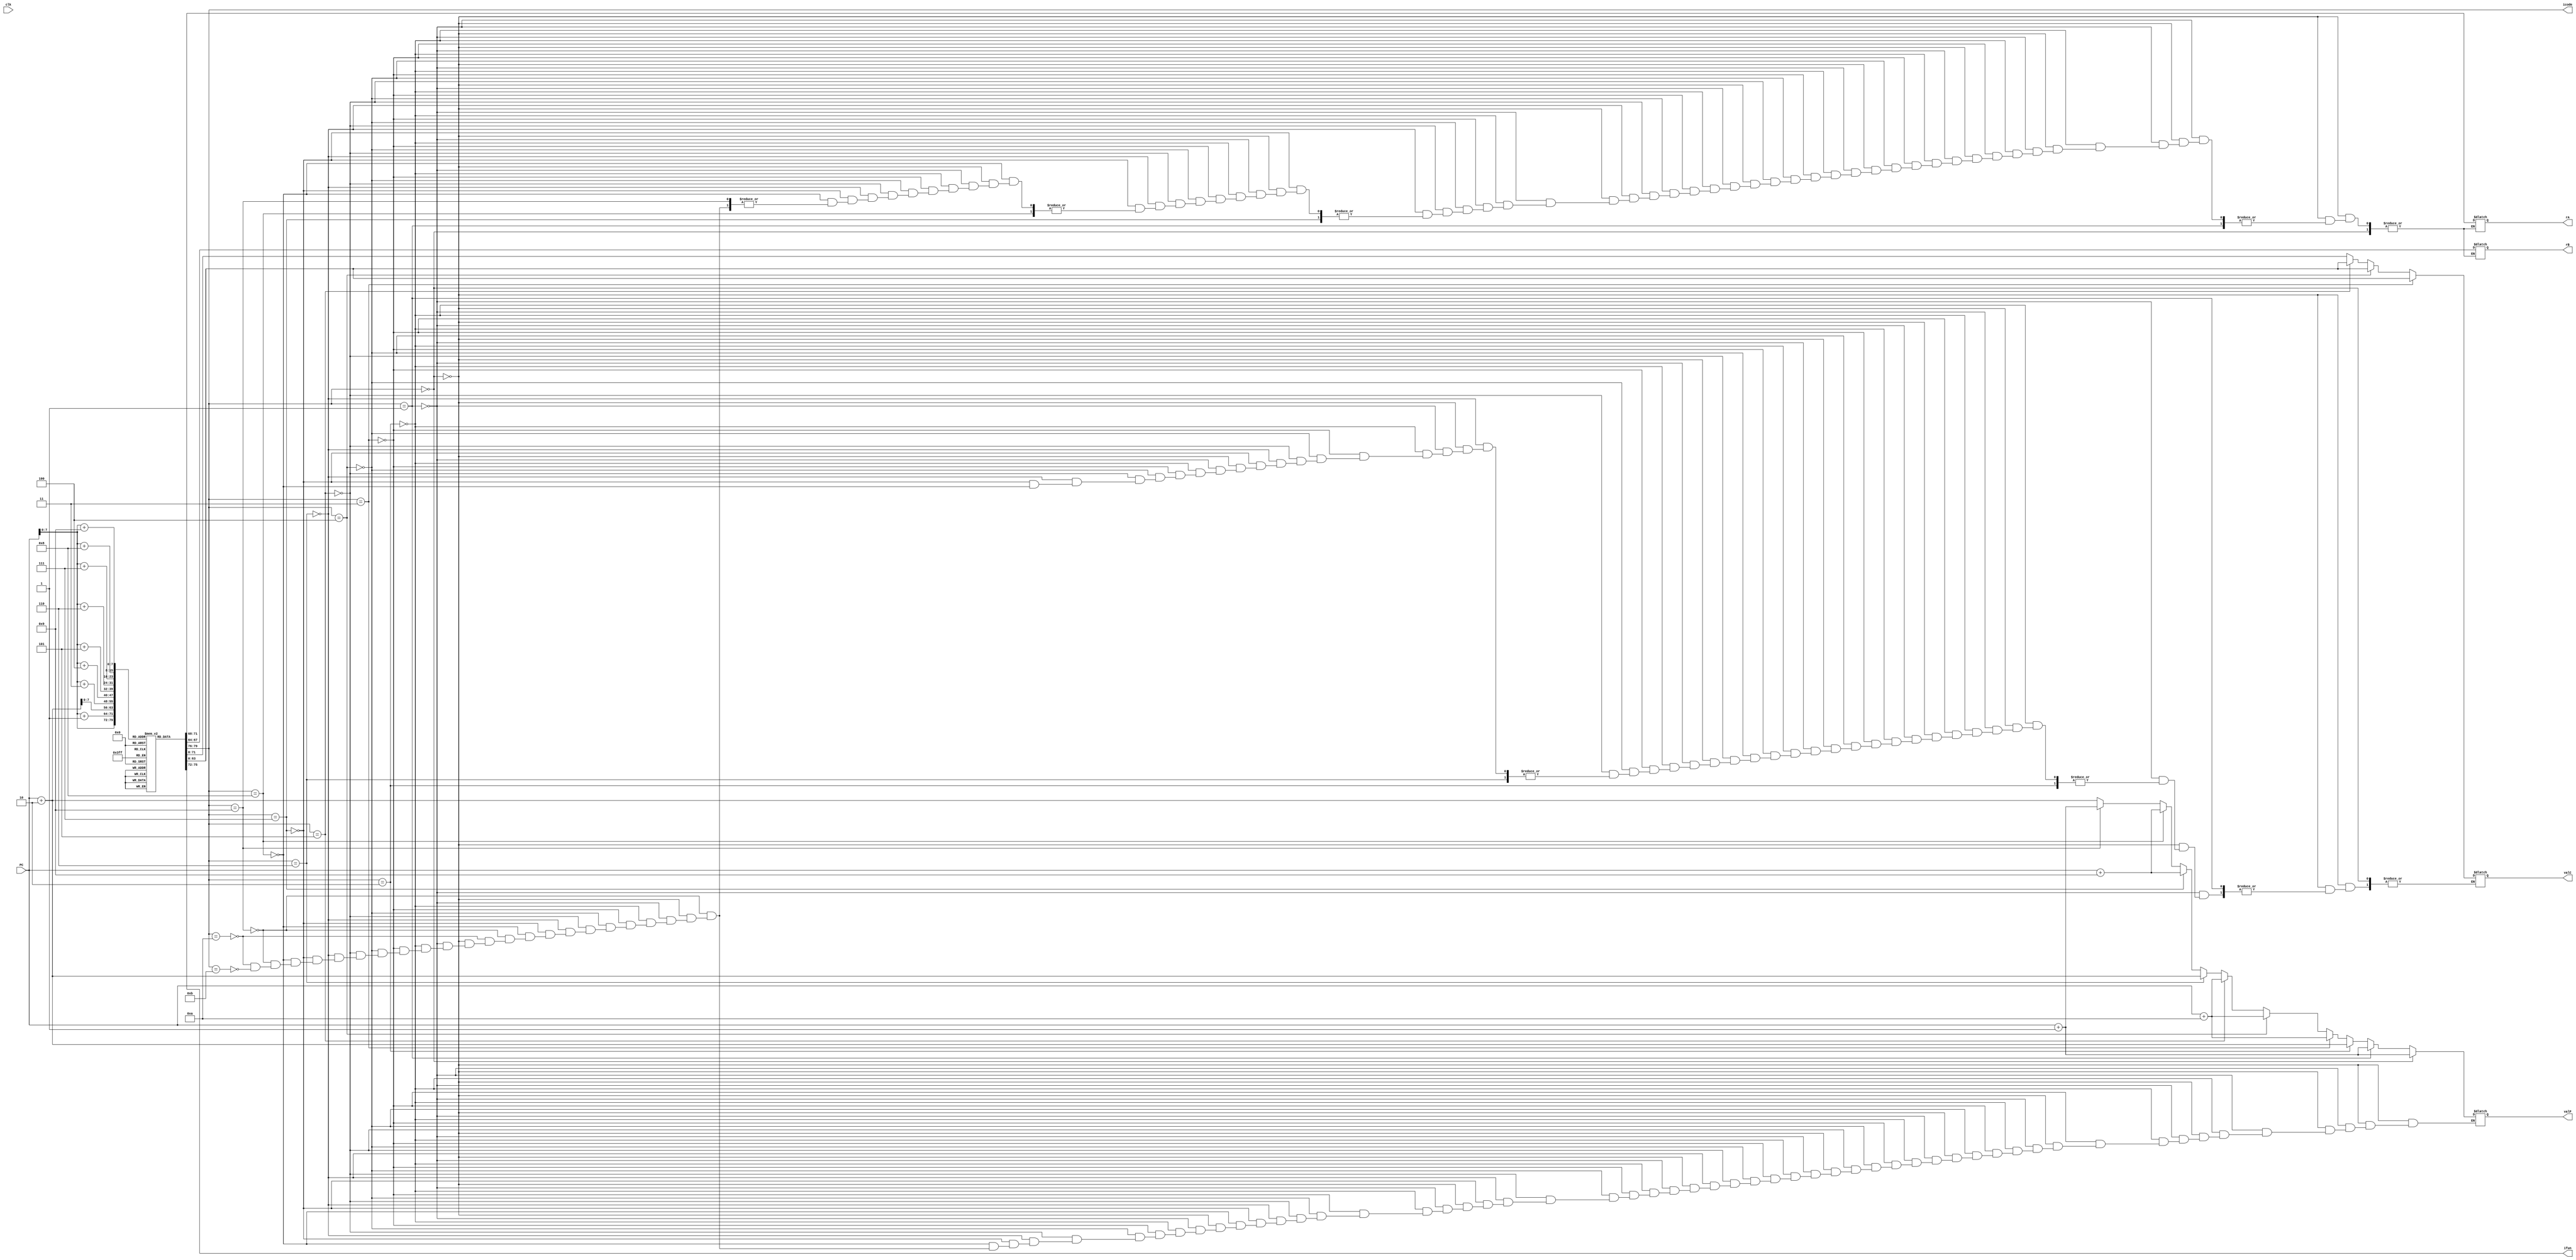
`timescale 1ns/10ps

module fetch(clk,PC,icode,ifun,rA,rB,valC,valP);

input clk;
input [64:1]PC;

output reg [4:1] icode;
output reg [4:1] ifun;
output reg [4:1] rA;
output reg [4:1] rB;
output reg [64:1] valC;
output reg [64:1] valP;
reg [8:1]instruction_mem[200:0];


initial begin


//  //Instruction memory

//   //main:
//   //irmovq $0x0, %rax
//   instruction_mem[0]=8'b00110000; //3 0
//   instruction_mem[1]=8'b00000010; //F rB=2
//   instruction_mem[2]=8'b00000000;           
//   instruction_mem[3]=8'b00000000;           
//   instruction_mem[4]=8'b00000000;           
//   instruction_mem[5]=8'b00000000;           
//   instruction_mem[6]=8'b00000000;           
//   instruction_mem[7]=8'b00000000;           
//   instruction_mem[8]=8'b00000000;          
//   instruction_mem[9]=8'b00010000; //V=0
 
//   //jmp
//   instruction_mem[10]=8'b01110001; //7 fn
//   instruction_mem[11]=8'b00000000; //Dest
//   instruction_mem[12]=8'b00000000; //Dest
//   instruction_mem[13]=8'b00000000; //Dest
//   instruction_mem[14]=8'b00000000; //Dest
//   instruction_mem[15]=8'b00000000; //Dest
//   instruction_mem[16]=8'b00000000; //Dest
//   instruction_mem[17]=8'b00000000; //Dest
//   instruction_mem[18]=8'b00011110; //Dest=30
//   //jmp check11110
//   instruction_mem[30]=8'b01110000; //7 fn
//   instruction_mem[31]=8'b00000000; //Dest
//   instruction_mem[32]=8'b00000000; //Dest
//   instruction_mem[33]=8'b00000000; //Dest
//   instruction_mem[34]=8'b00000000; //Dest
//   instruction_mem[35]=8'b00000000; //Dest
//   instruction_mem[36]=8'b00000000; //Dest
//   instruction_mem[37]=8'b00000000; //Dest
//   instruction_mem[38]=8'b00100111; //Dest=39

// // check:
//   // addq %rax, %rbx 
//   instruction_mem[39]=8'b01100000; //5 fn
//   instruction_mem[40]=8'b00010011; //rA=1 rB=3
//   // je rbxres  
//   instruction_mem[41]=8'b01110011; //7 fn=3
//   instruction_mem[42]=8'b00000000; //Dest
//   instruction_mem[43]=8'b00000000; //Dest
//   instruction_mem[44]=8'b00000000; //Dest
//   instruction_mem[45]=8'b00000000; //Dest
//   instruction_mem[46]=8'b00000000; //Dest
//   instruction_mem[47]=8'b00000000; //Dest
//   instruction_mem[48]=8'b00000000; //Dest
//   instruction_mem[49]=8'b01111010; //Dest=122
//   // addq %rax, %rdx
//   instruction_mem[50]=8'b01100001; //5 fn
//   instruction_mem[51]=8'b00010010; //rA=1 rB=2
//   // je rdxres 
//   instruction_mem[52]=8'b01110011; //7 fn=3
//   instruction_mem[53]=8'b00000000; //Dest
//   instruction_mem[54]=8'b00000000; //Dest
//   instruction_mem[55]=8'b00000000; //Dest
//   instruction_mem[56]=8'b00000000; //Dest
//   instruction_mem[57]=8'b00000000; //Dest
//   instruction_mem[58]=8'b00000000; //Dest
//   instruction_mem[59]=8'b00000000; //Dest
//   instruction_mem[60]=8'b11010000; //Dest=80
//   // jmp loop2 
//   instruction_mem[61]=8'b01110000; //7 fn=0
//   instruction_mem[62]=8'b00000000; //Dest
//   instruction_mem[63]=8'b00000000; //Dest
//   instruction_mem[64]=8'b00000000; //Dest
//   instruction_mem[65]=8'b00000000; //Dest
//   instruction_mem[66]=8'b00000000; //Dest
//   instruction_mem[67]=8'b00000000; //Dest
//   instruction_mem[68]=8'b00000000; //Dest
//   instruction_mem[69]=8'b01000110; //Dest = 70

// // loop2:
//   // mrmovq %rdx, %rsi 
//   instruction_mem[70]=8'b01010000; //2 fn=0
//   instruction_mem[71]=8'b00100110;
//   instruction_mem[72]=8'b00000000; //Dest
//   instruction_mem[73]=8'b00000000; //Dest
//   instruction_mem[74]=8'b00000000; //Dest
//   instruction_mem[75]=8'b00000000; //Dest
//   instruction_mem[76]=8'b00000000; //Dest
//   instruction_mem[77]=8'b00000000; //Dest
//   instruction_mem[78]=8'b00000000; //Dest
//   instruction_mem[79]=8'b01100000;  //rA=2 rB=6
// //   // rrmovq %rbx, %rdi
// //   instruction_mem[80]=8'b00100000; //2 fn=0
// //   instruction_mem[81]=8'b00110111;
//   //ret
//   instruction_mem[80]=8'b10010000; 

  
// //   // subq %rbx, %rsi
// //   instruction_mem[74]=8'b01100001; //5 fn=1
// //   instruction_mem[75]=8'b00110110; //rA=3 rB=6
// //   // jge ab1  
// //   instruction_mem[76]=8'b01110001; //7 fn=5
// //   instruction_mem[77]=8'b00000000; //Dest
// //   instruction_mem[78]=8'b00000000; //Dest
// //   instruction_mem[79]=8'b00000000; //Dest
// //   instruction_mem[80]=8'b00000000; //Dest
// //   instruction_mem[81]=8'b00000000; //Dest
// //   instruction_mem[82]=8'b00000000; //Dest
// //   instruction_mem[83]=8'b00000000; //Dest
// //   instruction_mem[84]=8'b01100000; //Dest=96

  //main:
  //irmovq $0x0, %rax
  instruction_mem[0]=8'b00110000; //3 0
  instruction_mem[1]=8'b00000000; //F rB=0
  instruction_mem[2]=8'b00000000;           
  instruction_mem[3]=8'b00000000;           
  instruction_mem[4]=8'b00000000;           
  instruction_mem[5]=8'b00000000;           
  instruction_mem[6]=8'b00000000;           
  instruction_mem[7]=8'b00000000;           
  instruction_mem[8]=8'b00000000;          
  instruction_mem[9]=8'b00000000; //V=0
//   //irmovq $0x10, %rdx
  instruction_mem[10]=8'b00110000; //3 0
  instruction_mem[11]=8'b00000010; //F rB=2
  instruction_mem[12]=8'b00000000;           
  instruction_mem[13]=8'b00000000;           
  instruction_mem[14]=8'b00000000;           
  instruction_mem[15]=8'b00000000;           
  instruction_mem[16]=8'b00000000;           
  instruction_mem[17]=8'b00000000;           
  instruction_mem[18]=8'b00000000;          
  instruction_mem[19]=8'b00010000; //V=16
  //irmovq $0xc, %rbx
  instruction_mem[20]=8'b00110000; //3 0
  instruction_mem[21]=8'b00000011; //F rB=3
  instruction_mem[22]=8'b00000000;           
  instruction_mem[23]=8'b00000000;           
  instruction_mem[24]=8'b00000000;           
  instruction_mem[25]=8'b00000000;           
  instruction_mem[26]=8'b00000000;           
  instruction_mem[27]=8'b00000000;           
  instruction_mem[28]=8'b00000000;          
  instruction_mem[29]=8'b00001100; //V=12
  //jmp check
  instruction_mem[30]=8'b01110000; //7 fn
  instruction_mem[31]=8'b00000000; //Dest
  instruction_mem[32]=8'b00000000; //Dest
  instruction_mem[33]=8'b00000000; //Dest
  instruction_mem[34]=8'b00000000; //Dest
  instruction_mem[35]=8'b00000000; //Dest
  instruction_mem[36]=8'b00000000; //Dest
  instruction_mem[37]=8'b00000000; //Dest
  instruction_mem[38]=8'b00100111; //Dest=39

// check:
  // addq %rax, %rbx 
  instruction_mem[39]=8'b01100000; //5 fn
  instruction_mem[40]=8'b00000011; //rA=0 rB=3
  // je rbxres  
  instruction_mem[41]=8'b01110011; //7 fn=3
  instruction_mem[42]=8'b00000000; //Dest
  instruction_mem[43]=8'b00000000; //Dest
  instruction_mem[44]=8'b00000000; //Dest
  instruction_mem[45]=8'b00000000; //Dest
  instruction_mem[46]=8'b00000000; //Dest
  instruction_mem[47]=8'b00000000; //Dest
  instruction_mem[48]=8'b00000000; //Dest
  instruction_mem[49]=8'b01111010; //Dest=122
  // subqq %rax, %rdx
  instruction_mem[50]=8'b01100001; //5 fn
  instruction_mem[51]=8'b00100010; //rA=2 rB=2
  // je rdxres 
  instruction_mem[52]=8'b01110011; //7 fn=3
  instruction_mem[53]=8'b00000000; //Dest
  instruction_mem[54]=8'b00000000; //Dest
  instruction_mem[55]=8'b00000000; //Dest
  instruction_mem[56]=8'b00000000; //Dest
  instruction_mem[57]=8'b00000000; //Dest
  instruction_mem[58]=8'b00000000; //Dest
  instruction_mem[59]=8'b00000000; //Dest
  instruction_mem[60]=8'b01111101; //Dest=125
  // jmp loop2 
  instruction_mem[61]=8'b01110000; //7 fn=0
  instruction_mem[62]=8'b00000000; //Dest
  instruction_mem[63]=8'b00000000; //Dest
  instruction_mem[64]=8'b00000000; //Dest
  instruction_mem[65]=8'b00000000; //Dest
  instruction_mem[66]=8'b00000000; //Dest
  instruction_mem[67]=8'b00000000; //Dest
  instruction_mem[68]=8'b00000000; //Dest
  instruction_mem[69]=8'b01000110; //Dest

// loop2:
  // rrmovq %rdx, %rsi 
  instruction_mem[70]=8'b00100000; //2 fn=0
  instruction_mem[71]=8'b00100110; //rA=2 rB=6
  // rrmovq %rbx, %rdi
  instruction_mem[72]=8'b00100000; //2 fn=0
  instruction_mem[73]=8'b00110111; //rA=3 rB=7
  // subq %rbx, %rsi
  instruction_mem[74]=8'b01100001; //5 fn=1
  instruction_mem[75]=8'b00110110; //rA=3 rB=6
  // jge ab1  
  instruction_mem[76]=8'b01110001; //7 fn=5
  instruction_mem[77]=8'b00000000; //Dest
  instruction_mem[78]=8'b00000000; //Dest
  instruction_mem[79]=8'b00000000; //Dest
  instruction_mem[80]=8'b00000000; //Dest
  instruction_mem[81]=8'b00000000; //Dest
  instruction_mem[82]=8'b00000000; //Dest
  instruction_mem[83]=8'b00000000; //Dest
  instruction_mem[84]=8'b01100000; //Dest=96
  // subq %rdx, %rdi 
  instruction_mem[85]=8'b01100001; //5 fn
  instruction_mem[86]=8'b00100111; //rA=2 rB=7
  // jge ab2
  instruction_mem[87]=8'b01110001; //7 fn=5
  instruction_mem[88]=8'b00000000; //Dest
  instruction_mem[89]=8'b00000000; //Dest
  instruction_mem[90]=8'b00000000; //Dest
  instruction_mem[91]=8'b00000000; //Dest
  instruction_mem[92]=8'b00000000; //Dest
  instruction_mem[93]=8'b00000000; //Dest
  instruction_mem[94]=8'b00000000; //Dest
  instruction_mem[95]=8'b01101101; //Dest=109

// ab1:
  // rrmovq %rbx, %rdx
  instruction_mem[96]=8'b00100000; //2 fn=0
  instruction_mem[97]=8'b00110010; //rA=3 rB=2
  // rrmovq %rsi, %rbx
  instruction_mem[98]=8'b00100000; //2 fn=0
  instruction_mem[99]=8'b01100011; //rA=6 rB=3
  // jmp check
  instruction_mem[100]=8'b01110000; //7 fn=0
  instruction_mem[101]=8'b00000000; //Dest
  instruction_mem[102]=8'b00000000; //Dest
  instruction_mem[103]=8'b00000000; //Dest
  instruction_mem[104]=8'b00000000; //Dest
  instruction_mem[105]=8'b00000000; //Dest
  instruction_mem[106]=8'b00000000; //Dest
  instruction_mem[107]=8'b00000000; //Dest
  instruction_mem[108]=8'b00100111; //Dest=39

// ab2:
  // rrmovq %rbx, %rdx
  instruction_mem[109]=8'b00100000; //2 fn=0
  instruction_mem[110]=8'b00110010; //rA=3 rB=2
  // rrmovq %rdi, %rbx
  instruction_mem[111]=8'b00100000; //2 fn=0
  instruction_mem[112]=8'b01110011; //rA=7 rB=3
  // jmp check
  instruction_mem[113]=8'b01110000; //7 fn=0
  instruction_mem[114]=8'b00000000; //Dest
  instruction_mem[115]=8'b00000000; //Dest
  instruction_mem[116]=8'b00000000; //Dest
  instruction_mem[117]=8'b00000000; //Dest
  instruction_mem[118]=8'b00000000; //Dest
  instruction_mem[119]=8'b00000000; //Dest
  instruction_mem[120]=8'b00000000; //Dest
  instruction_mem[121]=8'b00100111; //Dest=39

// rbxres:
  // rrmovq %rdx, %rcx
  instruction_mem[122]=8'b00100000; //2 fn=0
  instruction_mem[123]=8'b00100001; //rA=2 rB=1
  // halt
  instruction_mem[124]=8'b00000000;

// rdxres:
  // rrmovq %rbx, %rcx
  instruction_mem[125]=8'b00100000; //2 fn=0
  instruction_mem[126]=8'b00110001; //rA=3 rB=1
  // halt
  instruction_mem[127]=8'b00000000;


end


always @ (*)
begin

    icode = instruction_mem[PC][8:5];
    ifun = instruction_mem[PC][4:1];


   if(icode == 4'b0000)   // halt
   begin
    valP = PC + 64'd1;
   end
      

      else if(icode == 4'b0001)   // nop
      begin
       valP = PC + 64'd1;
      end


     else if(icode == 4'b0010)     //cmmovxx
     begin
        rA = instruction_mem[PC+1][8:5];
        rB = instruction_mem[PC+1][4:1];
        valP = PC + 64'd2;

     end


     else if (icode == 4'b0011)   //irmovq
     begin
     rA = instruction_mem[PC+1][8:5];
     rB = instruction_mem[PC+1][4:1];
     valC = {
       instruction_mem[PC+2],
        instruction_mem[PC+3],
        instruction_mem[PC+4],
        instruction_mem[PC+5],
        instruction_mem[PC+6],
        instruction_mem[PC+7],
        instruction_mem[PC+8],
        instruction_mem[PC+9]
     };
     valP  = PC + 64'd10;
     end

     else if (icode == 4'b0100)   // rmmovq
     begin
         rA = instruction_mem[PC+1][8:5];
     rB = instruction_mem[PC+1][4:1];
     valC = {
        instruction_mem[PC+2],
        instruction_mem[PC+3],
        instruction_mem[PC+4],
        instruction_mem[PC+5],
        instruction_mem[PC+6],
        instruction_mem[PC+7],
        instruction_mem[PC+8],
        instruction_mem[PC+9]
     };
     valP  = PC + 64'd10;

     end

  else if (icode == 4'b0101)   // mrmovq
     begin
         rA = instruction_mem[PC+1][8:5];
        rB = instruction_mem[PC+1][4:1];
     valC = {
        instruction_mem[PC+2],
        instruction_mem[PC+3],
        instruction_mem[PC+4],
        instruction_mem[PC+5],
        instruction_mem[PC+6],
        instruction_mem[PC+7],
        instruction_mem[PC+8],
        instruction_mem[PC+9]
     };
     valP  = PC + 64'd10;

     end
 
 else if(icode == 4'b0110)   //opq
 begin
    rA = instruction_mem[PC+1][8:5];
    rB = instruction_mem[PC+1][4:1];
    valP = PC + 2;
 end

else if(icode == 4'b0111)   //jxx
begin
    valC = {
        instruction_mem[PC+1],
        instruction_mem[PC+2],
        instruction_mem[PC+3],
        instruction_mem[PC+4],
        instruction_mem[PC+5],
        instruction_mem[PC+6],
        instruction_mem[PC+7],
        instruction_mem[PC+8]
     };
     valP = PC + 64'd9;
end


else if(icode == 4'b1000) //call
    begin
        valC = {instruction_mem[PC+1],
                instruction_mem[PC+2],
                instruction_mem[PC+3],
                instruction_mem[PC+4],
                instruction_mem[PC+5],
                instruction_mem[PC+6],
                instruction_mem[PC+7],
                instruction_mem[PC+8]
                };
        valP = PC + 64'd9;
    end    
    
    else if(icode == 4'b1001) //ret
    begin
        valP = PC + 64'd1;
    end    
    
    else if(icode == 4'b1010) //pushq
    begin
        rA = instruction_mem[PC+1][8:5];
        rB = instruction_mem[PC+1][4:1];
        valP = PC + 64'd2;
    end    
    
    else if(icode == 4'b1011) //popq    
    begin
        rA = instruction_mem[PC+1][8:5];
        rB = instruction_mem[PC+1][4:1];
        valP = PC + 64'd2;
    end    






end

endmodule